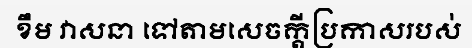
ខឹម វាសនា ទៅតាមសេចក្តីប្រកាសរបស់